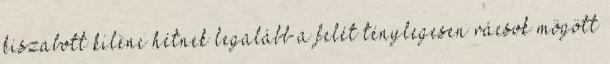
kiszabott kilenc hétnek legalább a felét ténylegesen rácsok mögött